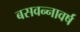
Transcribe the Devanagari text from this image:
बसवन्नावर्ष